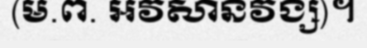
(ម.ព. អវសានវង្ស)។